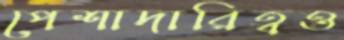
পেশাদারিত্বও